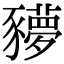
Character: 𧲍